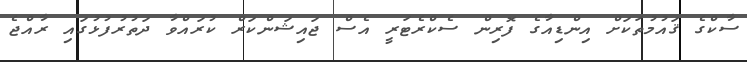
ސާކްގެ ޤައުމުތަކަށް އިންޑިއާގެ ފޮރިން ސެކްރެޓަރީ އެސް ޖައިޝަންކަރް ކުރައްވާ ދަތުރުފުޅުގައި ރާއްޖެ